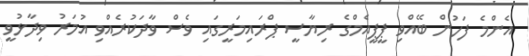
އެންމެ ފަހުން ބޭއްވި ޕީޕީއެމްގެ ރިޔާސީ ޕްރައިމަރީގައި ވެސް ވާދަކުރެއްވި އުމަރު ވިދާޅުވީ